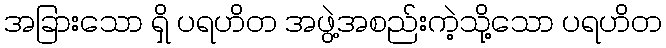
အခြားသော ရှိ ပရဟိတ အဖွဲ့အစည်းကဲ့သို့သော ပရဟိတ